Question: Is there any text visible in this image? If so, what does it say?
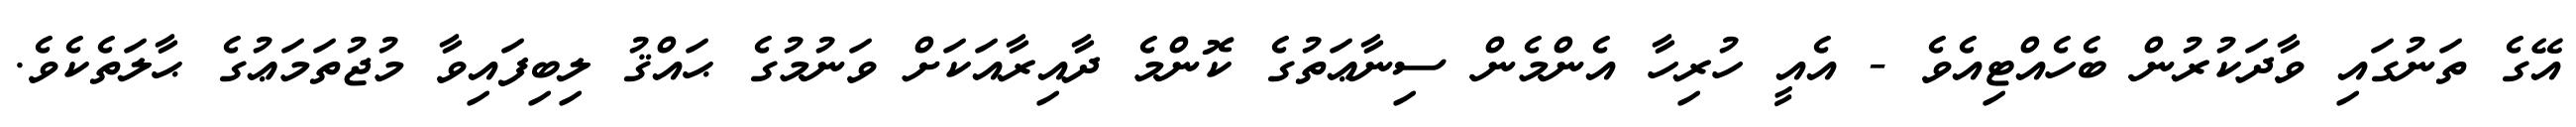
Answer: އޭގެ ތަނުގައި ވާދަކުރުން ބެހެއްޓިއެވެ - އެއީ ހުރިހާ އެންމެން ސިނާޢަތުގެ ކޮންމެ ދާއިރާއަކަށް ވަނުމުގެ ޙައްޤު ލިބިފައިވާ މުޖުތަމަޢުގެ ޙާލަތެކެވެ.